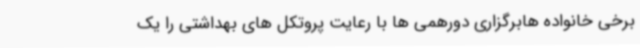
برخی خانواده هابرگزاری دورهمی ها با رعایت پروتکل های بهداشتی را یک